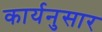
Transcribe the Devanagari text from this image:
कार्यनुसार